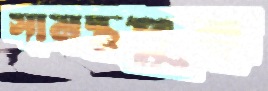
সামন্তপুর